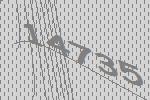
14735